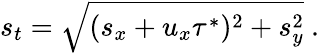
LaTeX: s_{t}=\sqrt{(s_{x}+u_{x}\tau^{*})^{2}+s_{y}^{2}}\ .